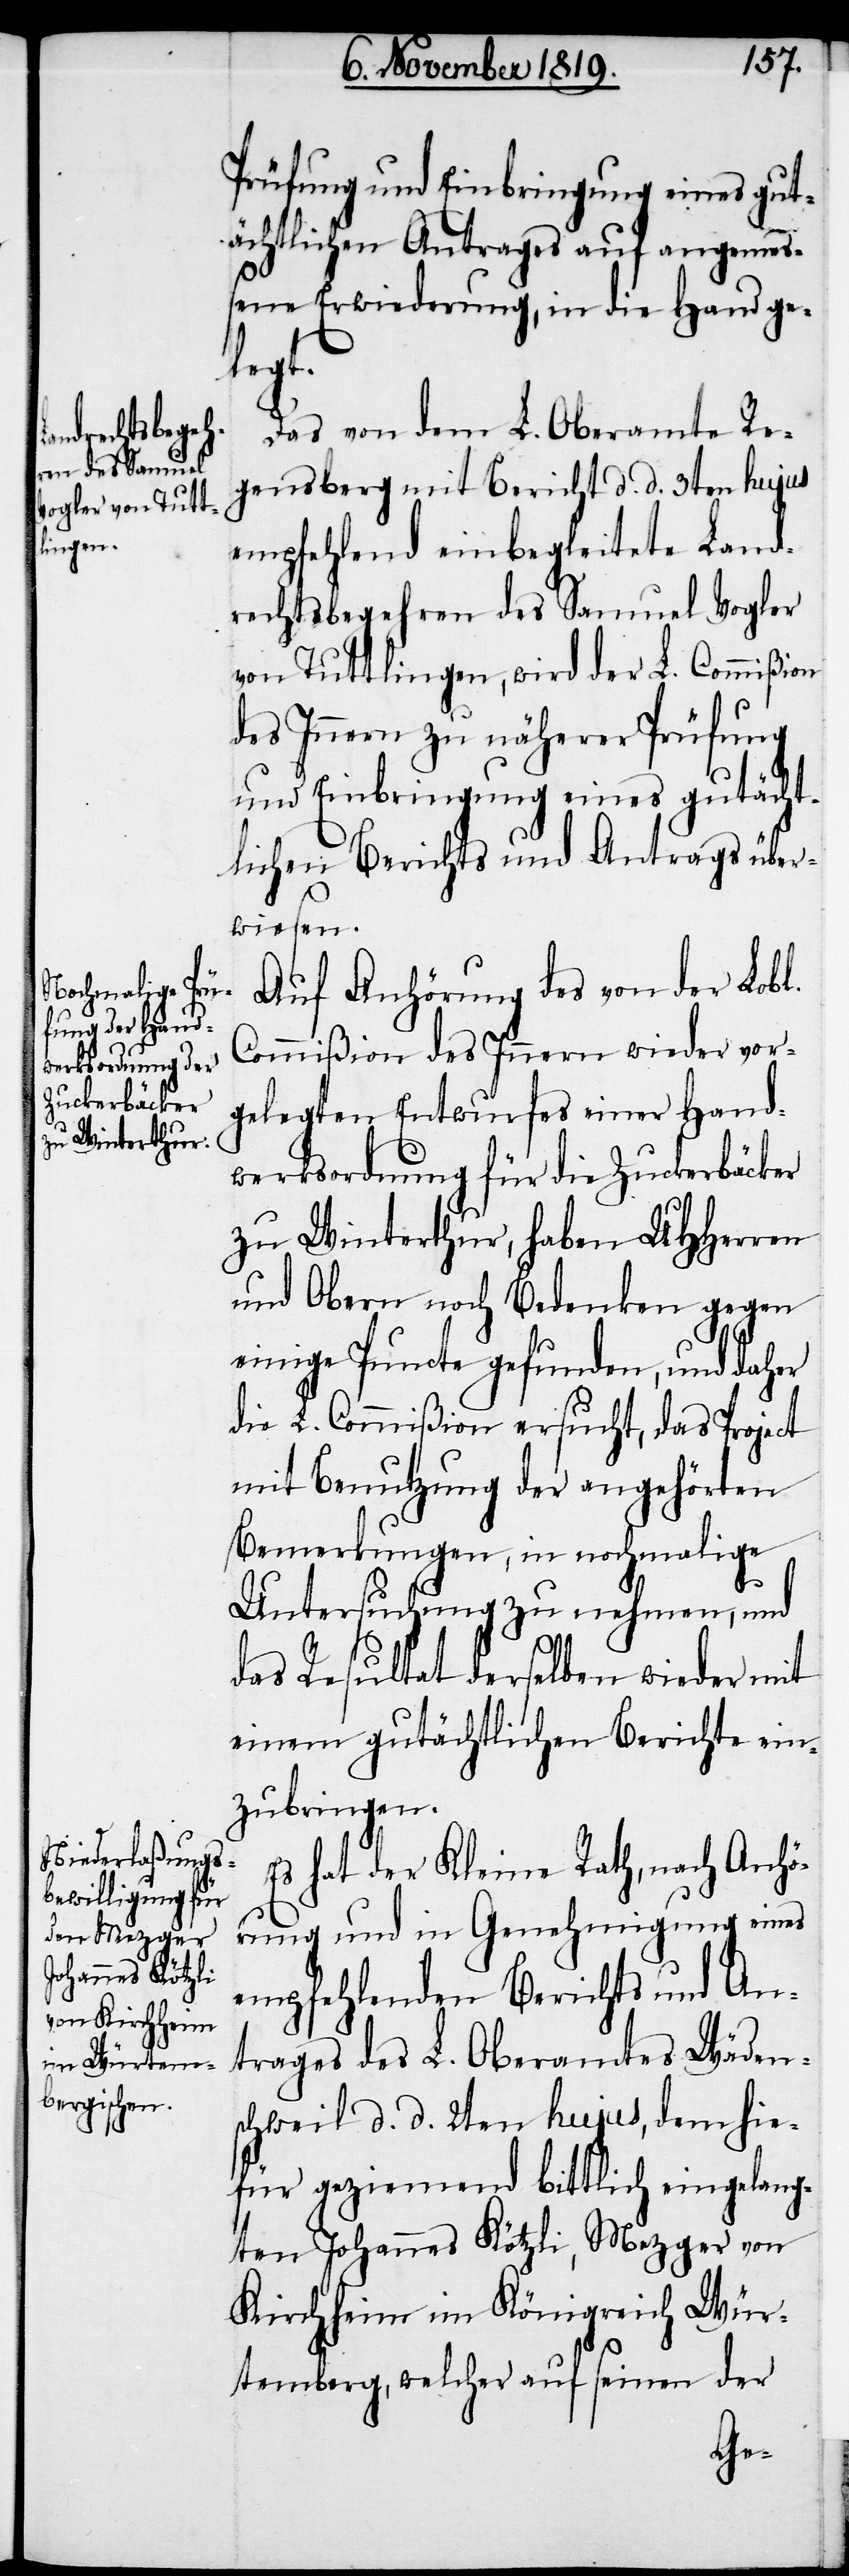
Prüfung und Einbringung eines gut¬
ächtlichen Antrages auf angemes¬
sene Erwiederung, in die Hand ge¬
legt.
Das von dem L. Oberamte Re¬
gensperg mit Bericht d. d. 3ten hujus
empfehlend einbegleitete Land¬
rechtsbegehren des Samuel Vogler
von Tuttlingen, wird der L. Commißion
des Innern zu näherer Prüfung
und Einbringung eines gutächt¬
lichen Berichts und Antrags über¬
wiesen.
Auf Anhörung des von der Lobl.
Commißion des Innern wieder vor¬
gelegten Entwurfes einer Hand¬
werksordnung für die Zuckerbäcker
zu Winterthur, haben UHHerren
und Obern noch Bedenken gegen
einige Puncte gefunden, und daher
die L. Commißion ersucht, das Project
mit Benutzung der angehörten
Bemerkungen, in nochmalige
Untersuchung zu nehmen, und
das Resultat derselben wieder mit
einem gutächtlichen Berichte ein¬
zubringen.
Es hat der Kleine Rath, nach Anhö¬
rung und in Genehmigung eines
empfehlenden Berichts und An¬
trages des L. Oberamtes Wäden¬
schweil d. d. 2ten hujus, dem hie¬
für geziemend bittlich eingelang¬
ten Johannes Kötzli, Mezger von
Kirchheim im Königreich Wür¬
temberg, welcher auf seinen der